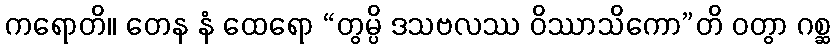
ကရောတိ။ တေန နံ ထေရော “တွမ္ပိ ဒသဗလဿ ဝိဿာသိကော”တိ ဝတွာ ဂစ္ဆ